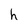
Character: h